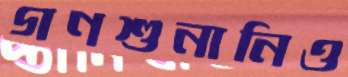
গণশুনানিও